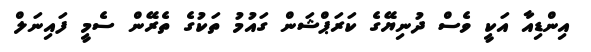
އިންޑިއާ އަކީ ވެސް ދުނިޔޭގެ ކަރަޕްޝަން ގައުމު ތަކުގެ ތެރޭން ސެމީ ފައިނަލް